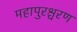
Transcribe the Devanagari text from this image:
महापुरश्चरण